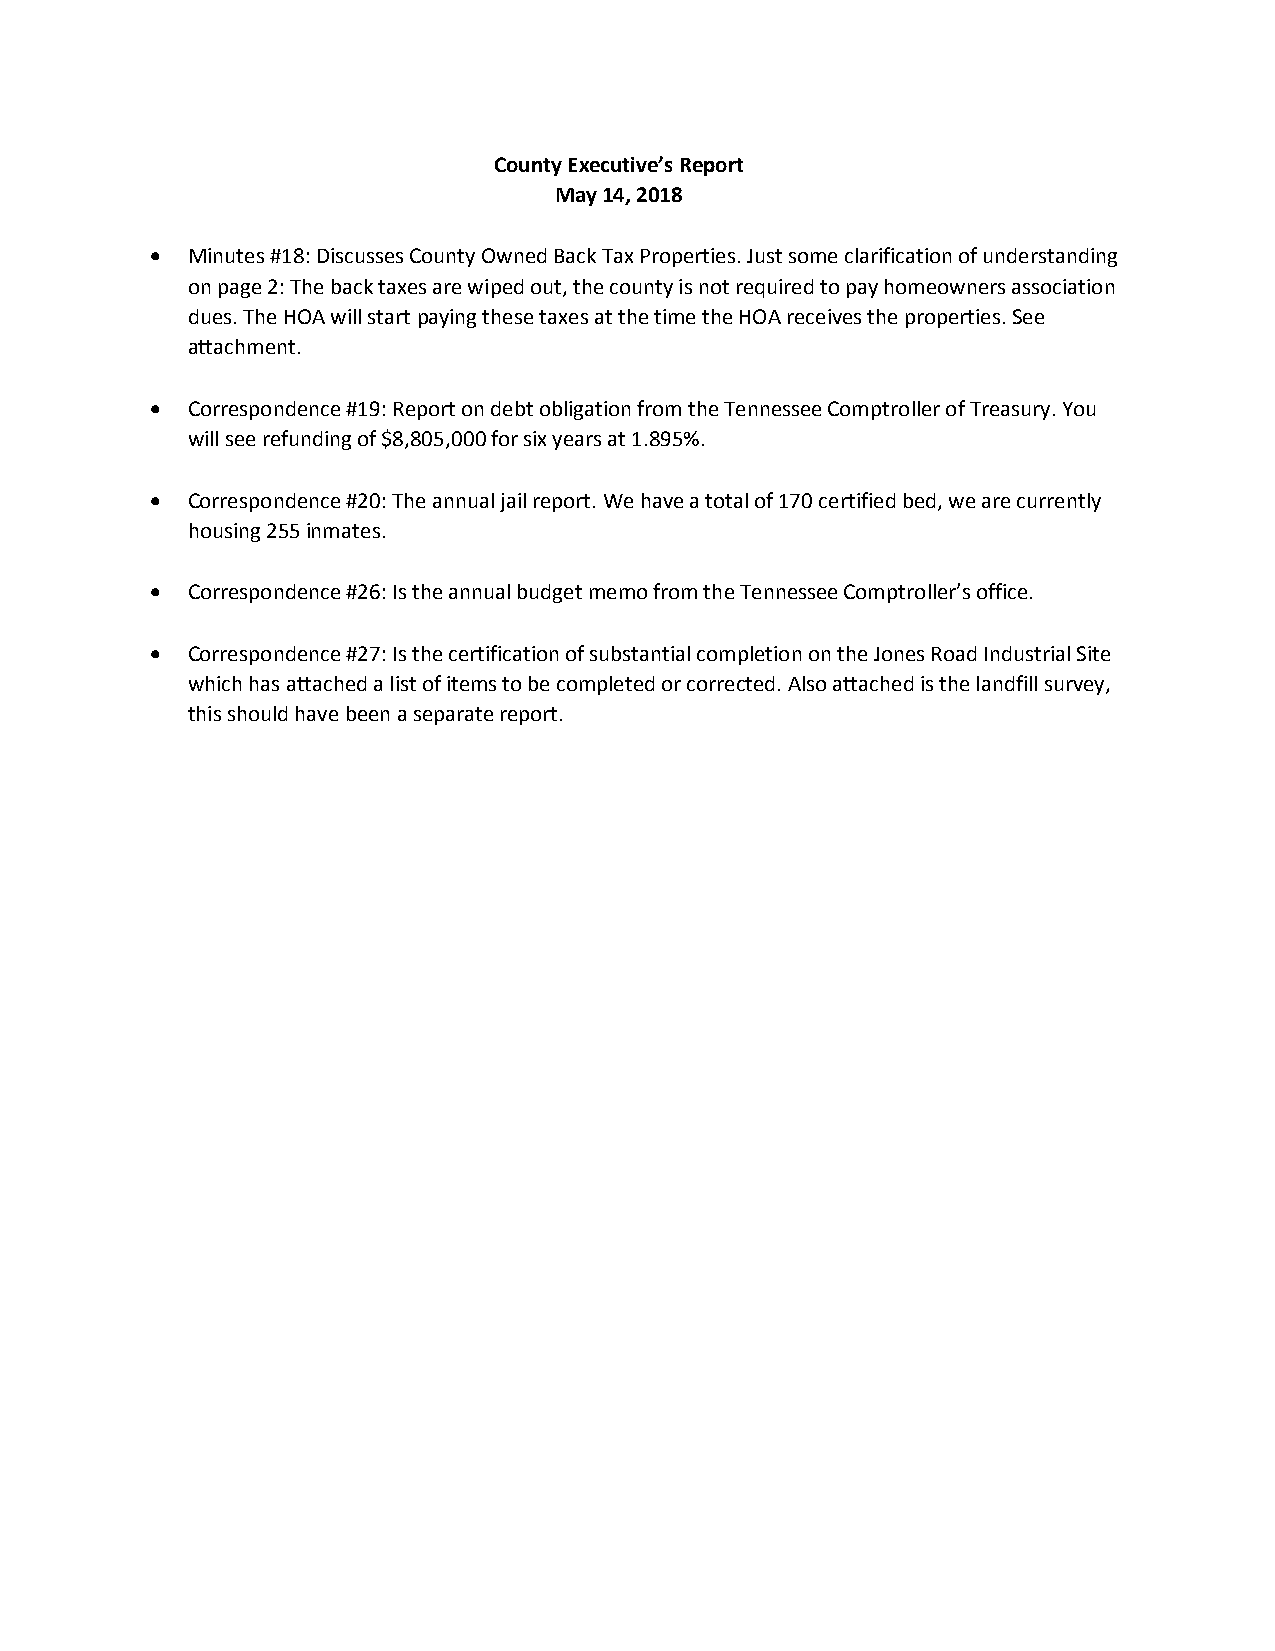
County Executive’s Report
 May 14, 2018
 • Minutes #18: Discusses County Owned Back Tax Properties. Just some clarification of understanding
 on page 2: The back taxes are wiped out, the county is not required to pay homeowners association
 dues. The HOA will start paying these taxes at the time the HOA receives the properties. See
 attachment.
 • Correspondence #19: Report on debt obligation from the Tennessee Comptroller of Treasury. You
 will see refunding of $8,805,000 for six years at 1.895%.
 • Correspondence #20: The annual jail report. We have a total of 170 certified bed, we are currently
 housing 255 inmates.
 • Correspondence #26: Is the annual budget memo from the Tennessee Comptroller’s office.
 • Correspondence #27: Is the certification of substantial completion on the Jones Road Industrial Site
 which has attached a list of items to be completed or corrected. Also attached is the landfill survey,
 this should have been a separate report.